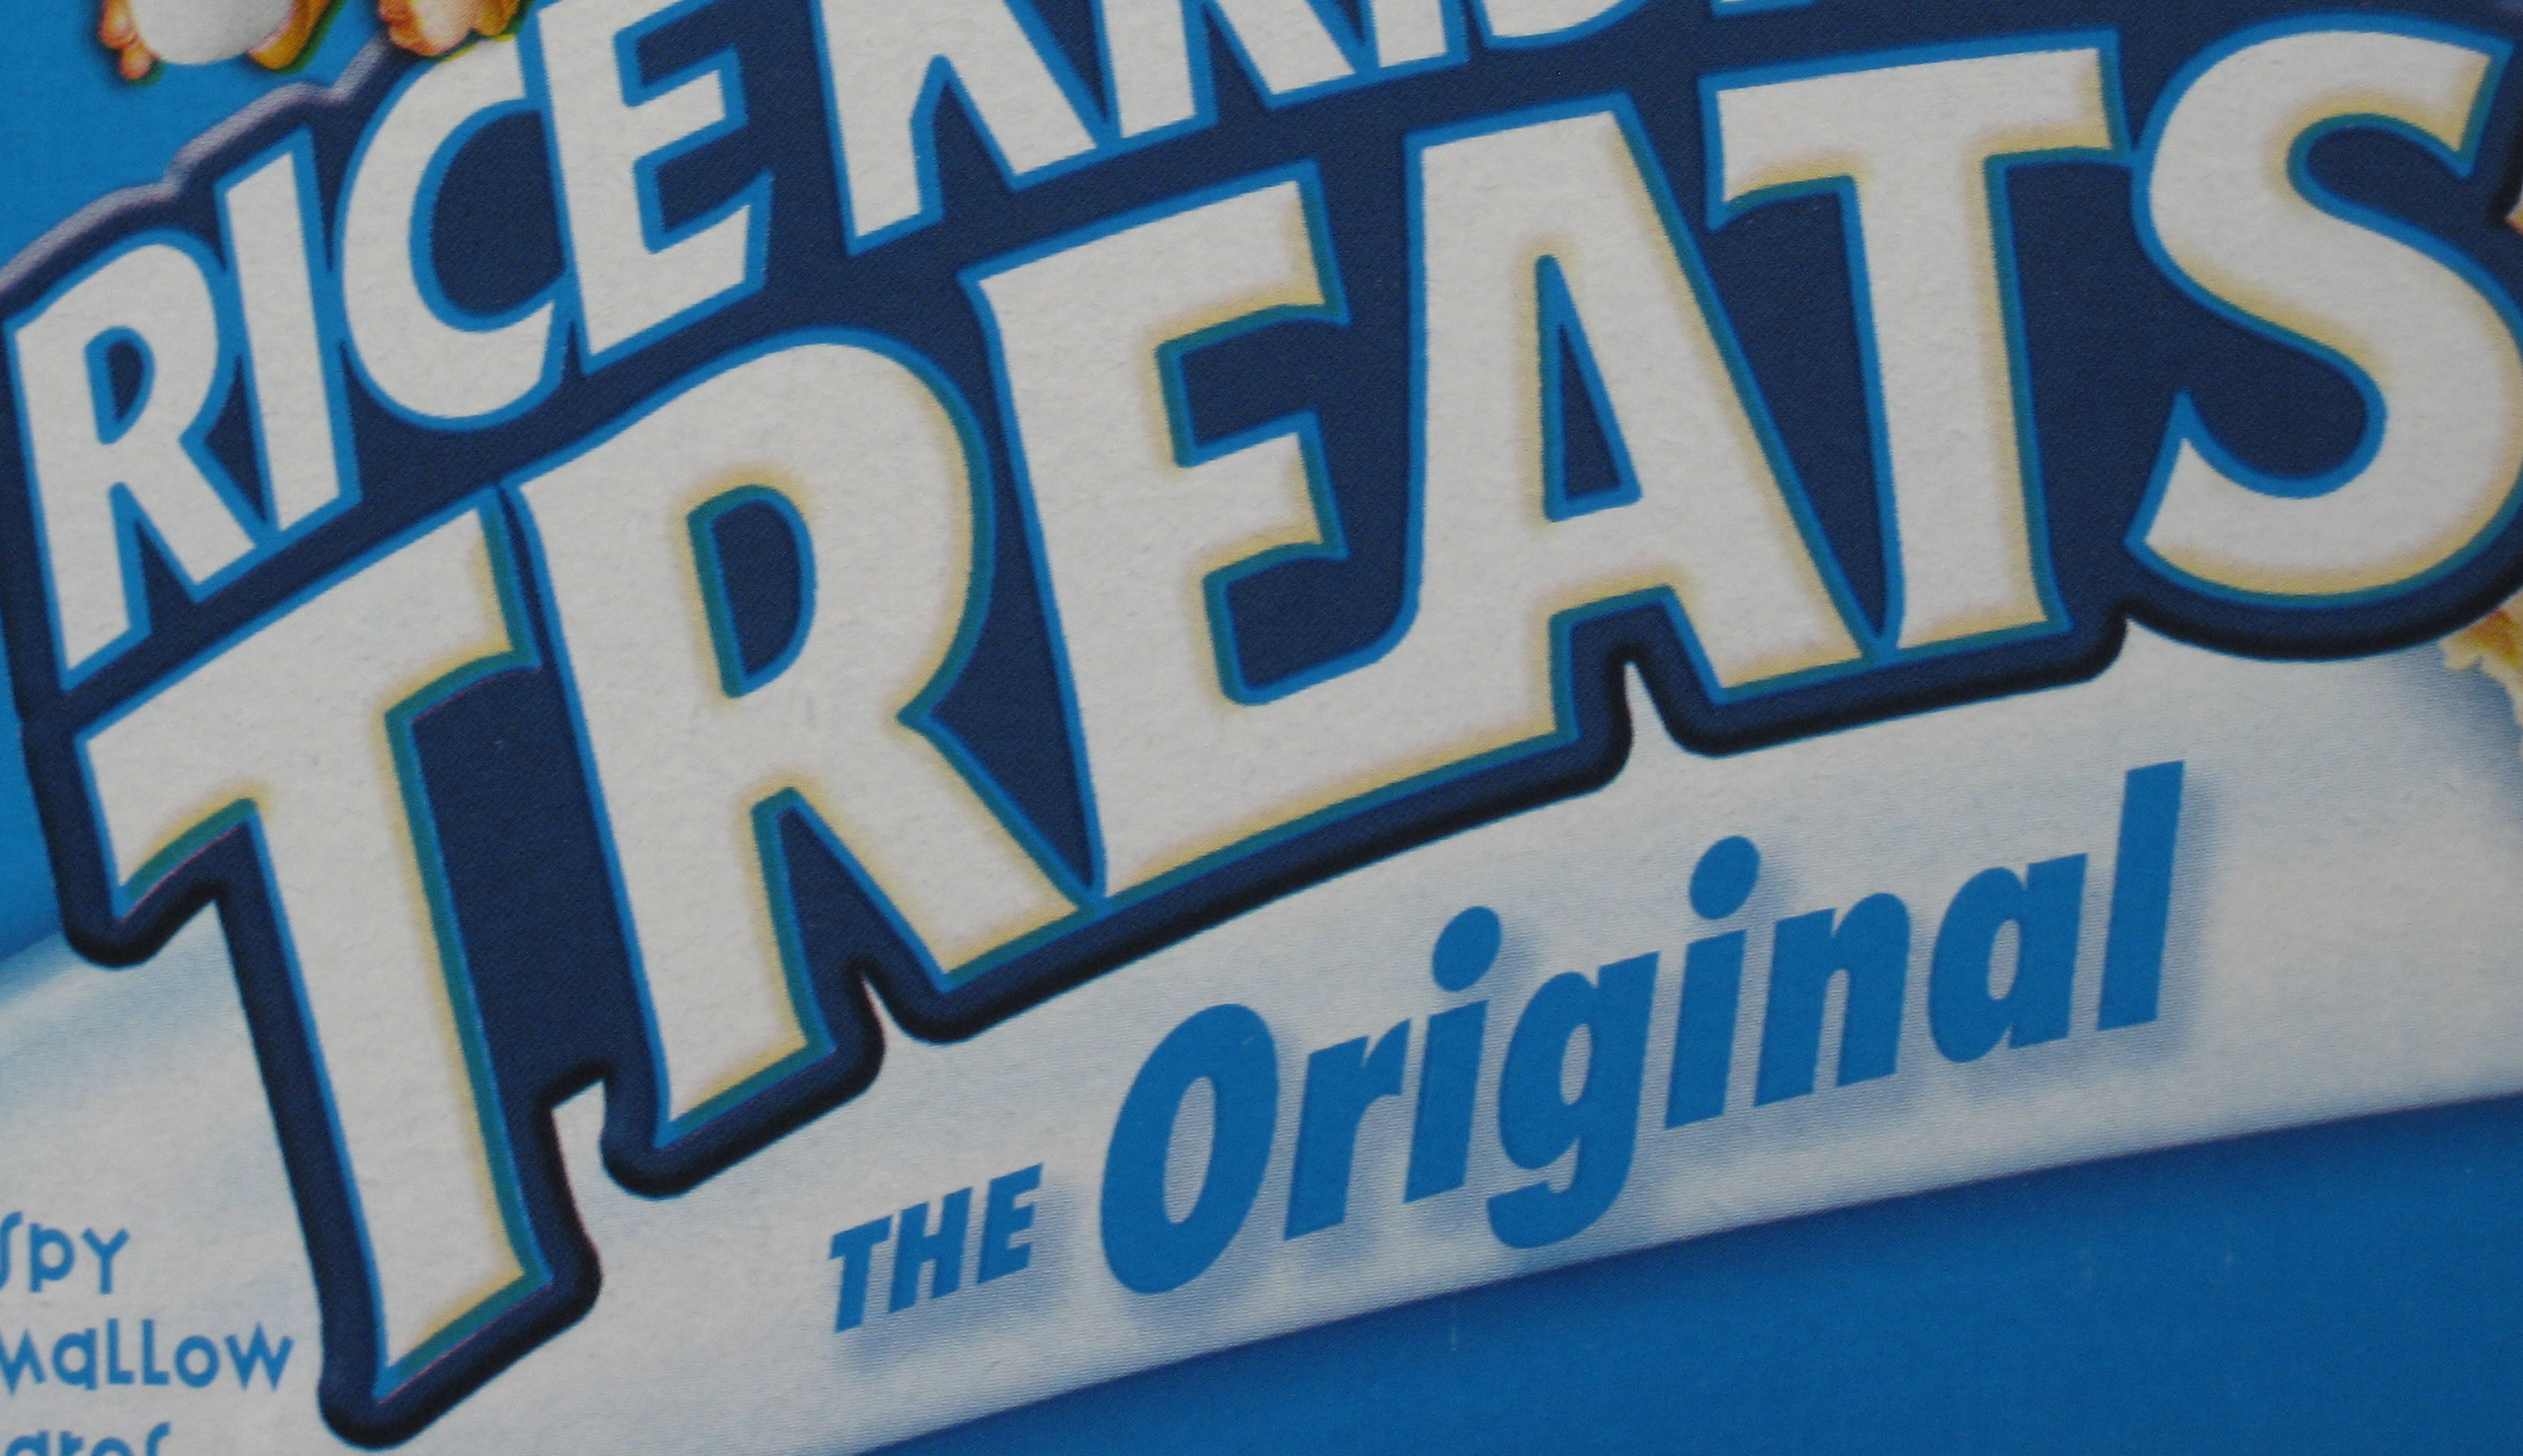
TREATS